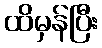
ထိမှန်ပြီး